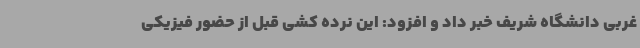
غربی دانشگاه شریف خبر داد و افزود: این نرده کشی قبل از حضور فیزیکی